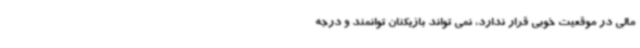
مالی در موقعیت خوبی قرار ندارد، نمی تواند بازیکنان توانمند و درجه